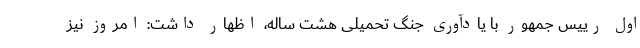
اول رییس جمهور با یادآوری جنگ تحمیلی هشت ساله، اظهار داشت: امروز نیز